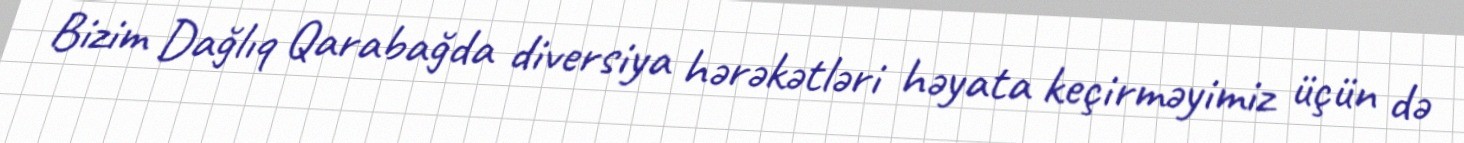
Bizim Dağlıq Qarabağda diversiya hərəkətləri həyata keçirməyimiz üçün də